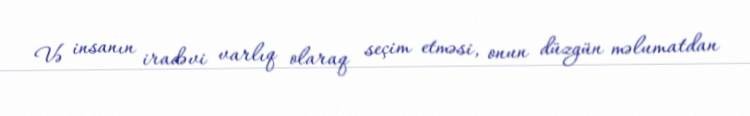
Və insanın iradəvi varlıq olaraq seçim etməsi, onun düzgün məlumatdan